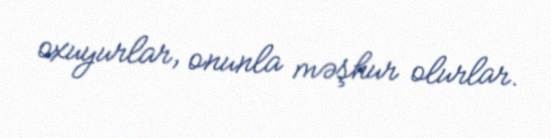
oxuyurlar, onunla məşhur olurlar.